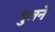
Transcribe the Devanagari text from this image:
गुजने